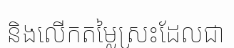
និងលើកតម្លៃស្រះដែលជា